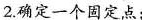
2.确定一个固定点；